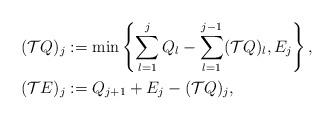
LaTeX: \begin{align*}(\mathcal{T}Q)_j &:=\min \left\{ \sum_{l=1}^j Q_l-\sum_{l=1}^{j-1}(\mathcal{T}Q)_l,{E}_j \right\},\\(\mathcal{T}{E})_j &:=Q_{j+1}+{E}_j-(\mathcal{T}Q)_j,\end{align*}